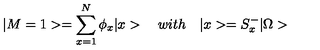
| M = 1 > = \sum _ { x = 1 } ^ { N } \phi _ { x } | x > \quad w i t h \quad | x > = S _ { x } ^ { - } | \Omega >